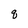
Character: q